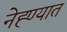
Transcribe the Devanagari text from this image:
नेह्ण्यात